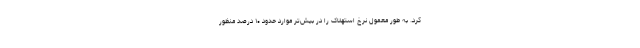
کرد. به طور معمول نرخ استهلاک را در بیش‌تر موارد حدود ۱۰ درصد منظور